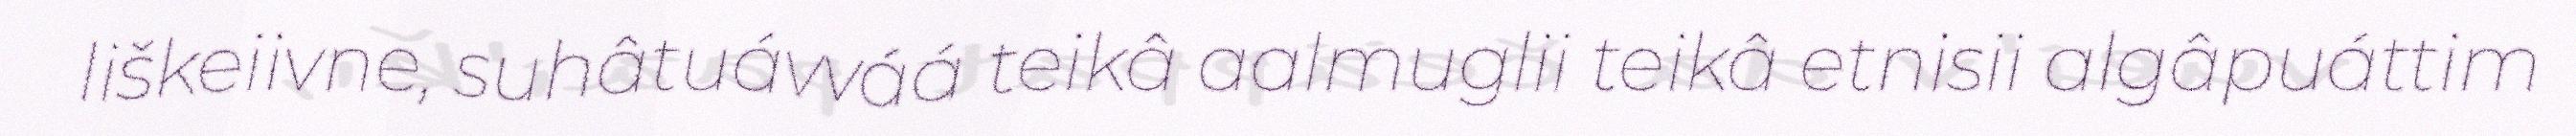
liškeiivne, suhâtuávváá teikâ aalmuglii teikâ etnisii algâpuáttim